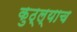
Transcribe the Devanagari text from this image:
कुठ्ल्याच